Report on vaccination in the Province of Bengal - 1874-1889
Year: 1874
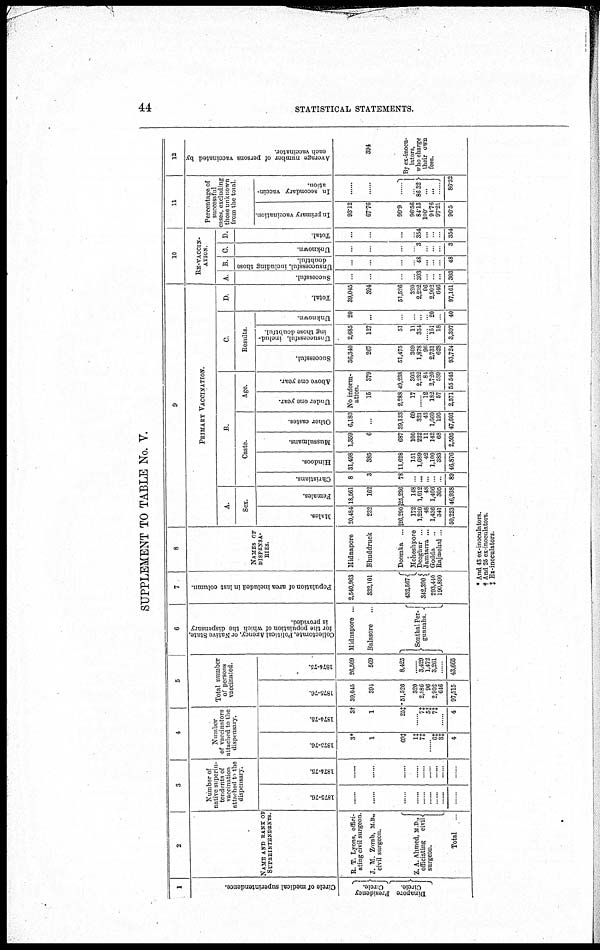
44
STATISTICAL STATEMENTS.
SUPPLEMENT TO TABLE No. V.
1
Circle of medical superintendence.
Presidency
Circle.
Dinapore
Circle.
2
NAME AND RANK OF
SUPERINTENDENTS.
R T. Lyons, offici-
ating civil surgeon
J. M. Zorab, M.B.,
civil surgeon.
Z. A. Ahmed, M D,
officiating civil
surgeon.
Total ...
3
Number of
native superin-
tendents of
vaccination
attached to the
dispensary.
1875-76.
......
......
......
......
......
......
......
......
......
1874-75.
......
......
......
......
......
......
......
......
......
4
Number
of vaccinators
attached to the
dispensary.
1875-76.
3*
1
69‡
1‡
7‡
...... 6‡
3‡
4
1874-75.
3†
1
25‡
......
7‡
5‡
7‡
......
4
5
Total number
of persons
vaccinated.
1875-76.
39,045
394
51,526
320
2,586
96
2,902
646
97,515
1874-75.
26,509
569
8,425
......
3,429
1,472
3,261
......
43,665
6
Collectorate, Political Agency, or Native State,
for the population of which the dispensary
is provided.
Midnapore ...
Balasore ...
Sonthal Per¬
gunnahs.
7
Population of area included in last column.
2,540,963
332,101
432,567
342,390
293,410
190,890
8
NAMES OF
DISPENSA¬
RIES.
Midnapore
Bhuddruck
Doomka ...
Moheshpore
Deoghur ...
Jamtarra ...
Godda ...
Rajmehal ...
9
PRIMARY VACCINATION.
A.
Sex.
Males.
20,484
232
126,290
172
1,220
48
1,436
341
50,223
Females.
18,561
162
125,236
148
1,012
48
1,466
305
46,938
B.
Caste.
Christians.
8
3
78
...
...
...
...
...
89
Hindoos.
31,498
885
11,628
151
1,689
42
1,100
383
46,876
Mussulmans.
1,359
6
687
100
222
11
142
68
2,595
Other castes.
6,180
...
39,133
69
321
43
1,660
195
47,601
Age.
Under one year.
Above one year.
No inform¬
ation
15
2,288
17
...... 12
182
57
2,571
379
49,238
303
2,232
84
2,720
589
55,545
C.
Results.
Successful.
36,340
267
51,475
309
1,878
96
2,731
628
93,724
Unsuccessful, includ-
ing those doubtful.
2,685
127
51
11
354
... 151
18
3,397
Unknown.
20
...
...
...
...
... 20
...
40
D.
Total.
39,045
394
51,526
320
2,232
96
2,902
646
97,161
10
RE-VACCIN-
ATION.
A.
Successful.
...
...
...
...
303
...
...
...
303
B.
Unsuccessful, including those
doubtful.
...
...
...
...
48
...
...
...
48
C.
Unknown.
...
...
...
...
3
...
...
...
3
D.
Total.
...
...
...
...
354
...
...
...
354
11
Percentage of
successful
cases, excluding
those unknown
from the total.
In primary vaccination.
93.12
67.76
99.9
96.56
84.13
100.
94.76
97.21
96.5
In secondary vaccin-
ation.
......
......
......
......
86.82
......
...... ......
86.32
12
Average number of persons vaccinated by
each vaccinator.
394
By ex-inocu¬
lators,
who charge
their own
fees.
* And 43 ex-inoculators.
† And 25 ex-inoculators.
‡ Ex-inoculators.